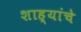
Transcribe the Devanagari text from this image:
शाह्यांचे